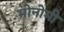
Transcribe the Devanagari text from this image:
मोनोमी